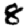
Digit: 8